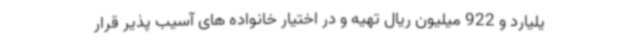
یلیارد و 922 میلیون ریال تهیه و در اختیار خانواده های آسیب پذیر قرار